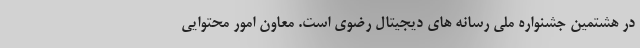
در هشتمین جشنواره ملی رسانه های دیجیتال رضوی است. معاون امور محتوایی